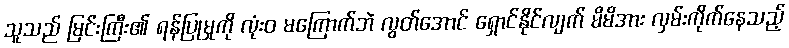
သူသည် မြင်းကြီး၏ ရန်ပြုမှုကို လုံးဝ မကြောက်ဘဲ လွတ်အောင် ရှောင်နိုင်လျက် မိမိအား လှမ်းကိုက်နေသည့်